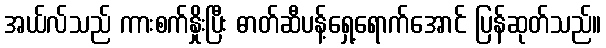
အယ်လ်သည် ကားစက်နှိုးပြီး ဓာတ်ဆီပန့်ရှေ့ရောက်အောင် ပြန်ဆုတ်သည်။